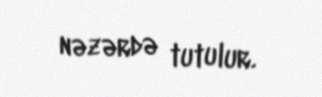
nəzərdə tutulur.